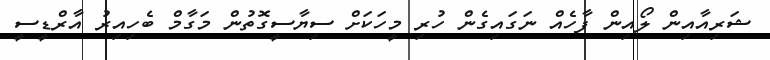
ޝަރިއާއިން ލޯއިން ފާހެއް ނަގައިގެން ހުރި މީހަކަށް ސިޔާސީގޮތުން މަގާމް ބެހިއިރު އާރްޑީސީ